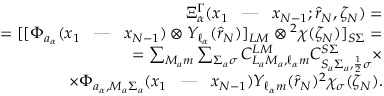
\begin{array} { r l r } & { } & { \Xi _ { \alpha } ^ { \Gamma } ( x _ { 1 } \textrm { \, --- \, } x _ { N - 1 } ; \hat { r } _ { N } , \zeta _ { N } ) = } \\ & { } & { = [ [ \Phi _ { a _ { \alpha } } ( x _ { 1 } \textrm { \, --- \, } x _ { N - 1 } ) \otimes Y _ { \ell _ { \alpha } } ( \hat { r } _ { N } ) ] _ { L M } \otimes { ^ 2 \chi ( \zeta _ { N } ) } ] _ { S \Sigma } = } \\ & { } & { = \sum _ { M _ { a } m } \sum _ { \Sigma _ { a } \sigma } C _ { L _ { a } M _ { a } , \ell _ { \alpha } m } ^ { L M } C _ { S _ { a } \Sigma _ { a } , \frac { 1 } { 2 } \sigma } ^ { S \Sigma } \times } \\ & { } & { \times \Phi _ { a _ { \alpha } , M _ { a } \Sigma _ { a } } ( x _ { 1 } \textrm { \, --- \, } x _ { N - 1 } ) Y _ { \ell _ { \alpha } m } ( \hat { r } _ { N } ) { ^ 2 \chi _ { \sigma } ( \zeta _ { N } ) } . } \end{array}